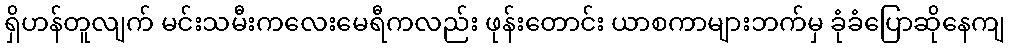
ရှိဟန်တူလျက် မင်းသမီးကလေးမေရီကလည်း ဖုန်းတောင်း ယာစကာများဘက်မှ ခုံခံပြောဆိုနေကျ